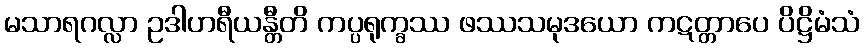
မသာရဂလ္လာ ဥဒါဟရီယန္တီတိ ကပ္ပရုက္ခဿ ဖဿသမုဒယော ကဋတ္တာပေ ပိဋ္ဌိမံသံ